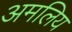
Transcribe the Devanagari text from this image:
अमलिय